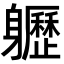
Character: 𨊛